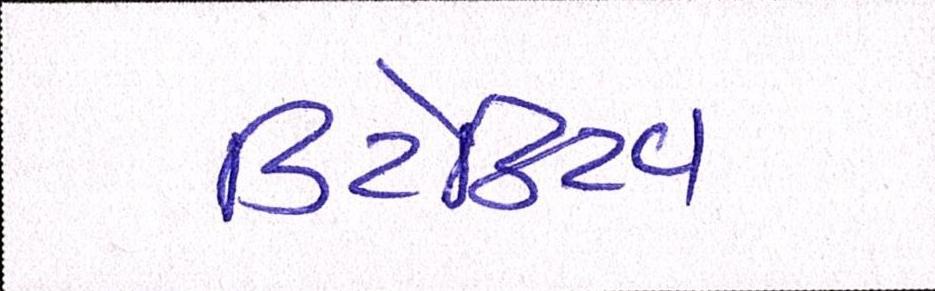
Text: ડિટેક્ટિવ